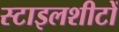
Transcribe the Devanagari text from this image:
स्टाइलशीटों